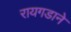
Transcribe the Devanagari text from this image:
रायगडाने